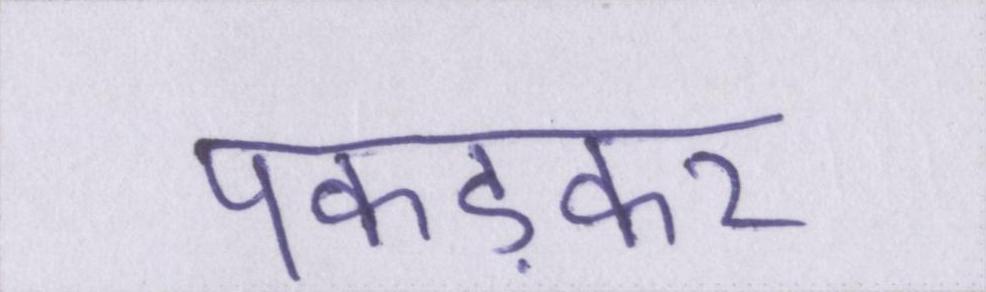
पकड़कर